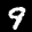
Label: 9